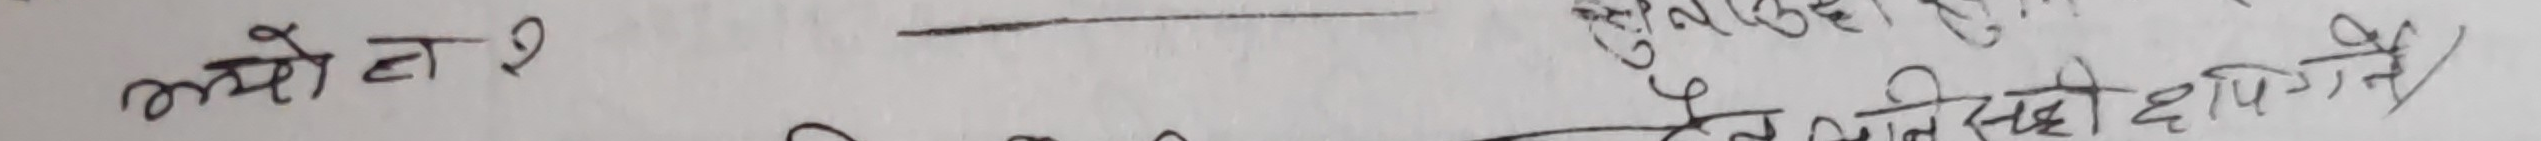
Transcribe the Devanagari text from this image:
सुरक्षित र सक्ने
तेस्रो छापिने
अथवा २